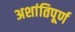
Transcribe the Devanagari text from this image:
अशांतिपूर्ण